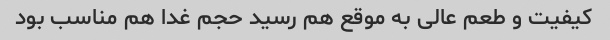
کیفیت و طعم عالی به موقع هم رسید حجم غدا هم مناسب بود